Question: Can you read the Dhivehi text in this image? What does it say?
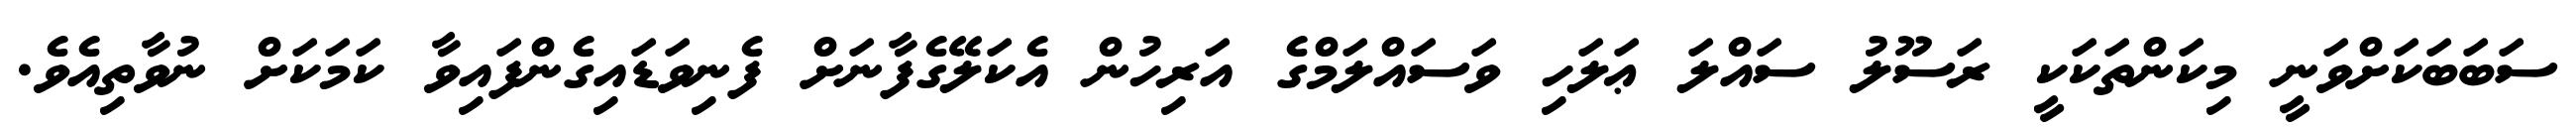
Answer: ސަބަބަކަށްވަނީ މިކަންތަކަކީ ރަސޫލު ސައްލަ ޢަލަހި ވަސައްލަމްގެ އަރިހުން އެކަލޭގެފާނަށް ފެނިވަޑައިގެންފައިވާ ކަމަކަށް ނުވާތިއެވެ.